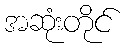
အဆုံးတိုင်